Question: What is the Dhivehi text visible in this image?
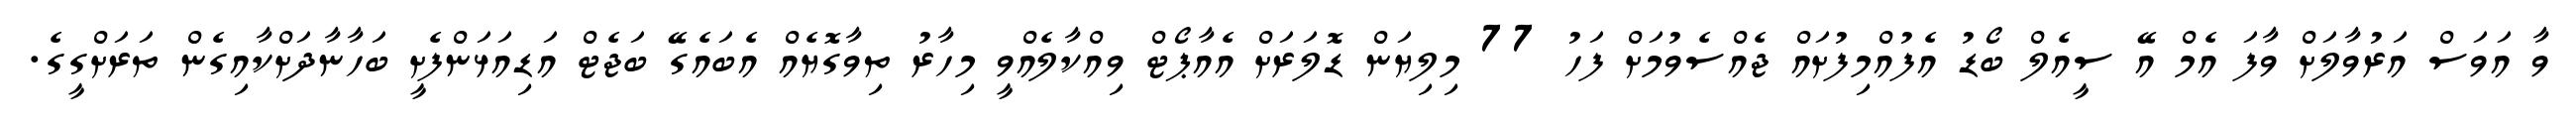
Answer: ވާ އަވަސް އަރުވާލަށް ވާފަ އެމް އޭ ސީއެލް ބޯޑު އެފުއްމިފުށައް ޖެއްސެވުމަށް ފަހު 77 މިލިޔަން ޑޮލަރަށް އެއާޕޯޓް ވިއްކާލެއްވީ މިހާރު ތިވާގޮޔެއް އެބައެގޭ ބަޖެޓް އަޑިއަޅަންފެށީ ބަހާނާދަށްކާއިގެން ތަރަށްގީގެ.